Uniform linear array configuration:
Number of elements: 8
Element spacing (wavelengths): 1
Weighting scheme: hann
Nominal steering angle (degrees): -45
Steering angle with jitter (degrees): -46.146
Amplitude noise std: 0.05
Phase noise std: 0.05

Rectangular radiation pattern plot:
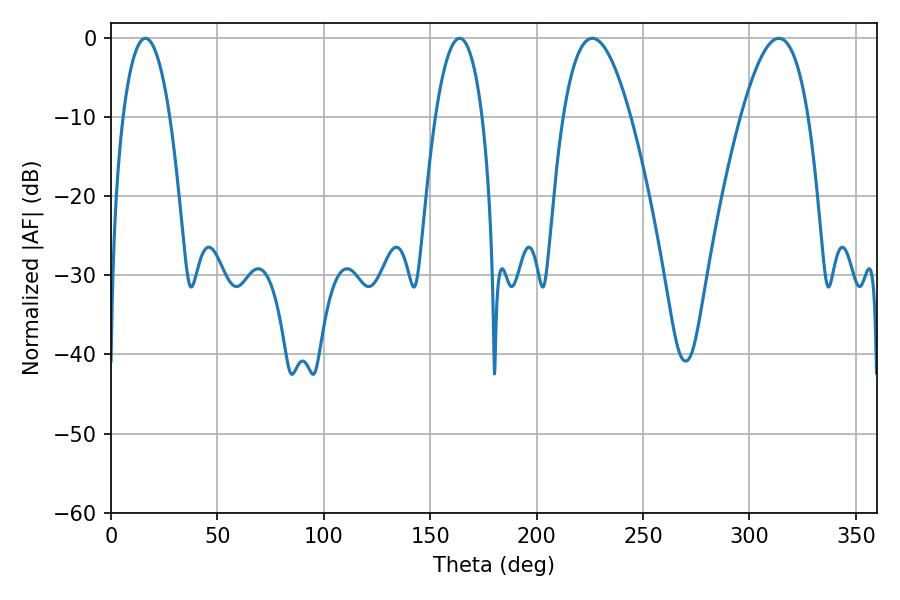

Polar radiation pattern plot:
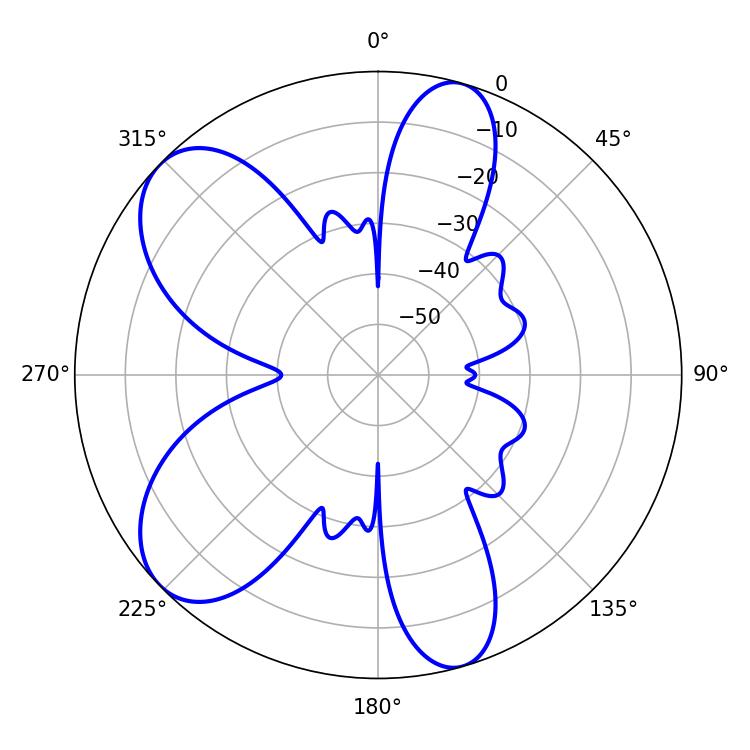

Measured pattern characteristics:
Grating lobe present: TRUE
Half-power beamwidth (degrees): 12.42
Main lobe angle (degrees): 16.2